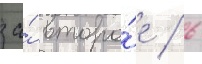
за́ второ́е / 6